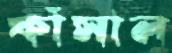
ফাঁসাল